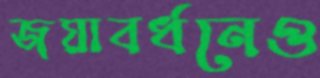
জয়াবর্ধনেও